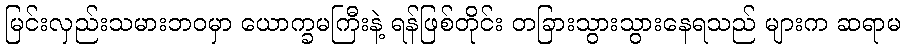
မြင်းလှည်းသမားဘဝမှာ ယောက္ခမကြီးနဲ့ ရန်ဖြစ်တိုင်း တခြားသွားသွားနေရသည် များက ဆရာမ